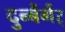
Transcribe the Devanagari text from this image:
दुर्न्बेर्गेर्